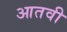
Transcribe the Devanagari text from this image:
आतवी